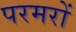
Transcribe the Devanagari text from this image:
परमरों